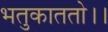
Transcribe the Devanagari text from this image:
भतुकाततो।।